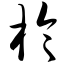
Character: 柃